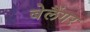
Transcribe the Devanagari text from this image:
बेलैंगर